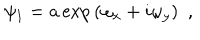
LaTeX: \psi _ { 1 } = a \exp { ( \omega _ { x } + i \omega _ { y } ) } ~ ~ ,